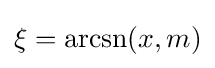
\xi =\operatorname {arcsn} (x,m)